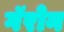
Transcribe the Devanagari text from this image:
गॅरोन